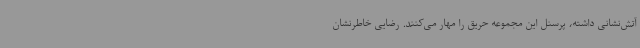
آتش‌نشانی داشته، پرسنل این مجموعه حریق را مهار می‌کنند. رضایی خاطرنشان